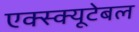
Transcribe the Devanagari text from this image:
एक्स्क्यूटेबल